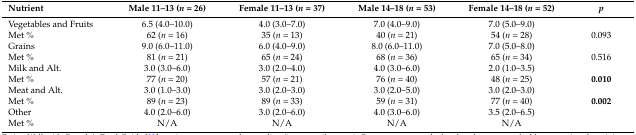
<table><thead><tr><td><b>Nutrient</b></td><td><b>Male 11–13 (<i>n</i> = 26)</b></td><td><b>Female 11–13 (<i>n</i> = 37)</b></td><td><b>Male 14–18 (<i>n</i> = 53) </b></td><td><b>Female 14–18 (<i>n</i> = 52)</b></td><td><b><i>p</i></b></td></tr></thead><tbody><tr><td>Vegetables and Fruits</td><td>6.5 (4.0–10.0)</td><td>4.0 (3.0–7.0) </td><td>7.0 (4.0–9.0) </td><td>7.0 (5.0–9.0) </td><td>[EMPTY_CELL]</td></tr><tr><td> Met % </td><td>62 (<i>n</i> = 16)</td><td>35 (<i>n</i> = 13)</td><td>40 (<i>n</i> = 21)</td><td>54 (<i>n</i> = 28)</td><td>0.093</td></tr><tr><td>Grains</td><td>9.0 (6.0–11.0)</td><td>6.0 (4.0–9.0) </td><td>8.0 (6.0–11.0) </td><td>7.0 (5.0–8.0) </td><td>[EMPTY_CELL]</td></tr><tr><td> Met % </td><td>81 (<i>n</i> = 21)</td><td>65 (<i>n</i> = 24)</td><td>68 (<i>n</i> = 36)</td><td>65 (<i>n</i> = 34)</td><td>0.516</td></tr><tr><td>Milk and Alt.</td><td>3.0 (3.0–6.0)</td><td>3.0 (2.0–4.0) </td><td>4.0 (3.0–6.0) </td><td>2.0 (1.0–3.5) </td><td>[EMPTY_CELL]</td></tr><tr><td> Met % </td><td>77 (<i>n</i> = 20)</td><td>57 (<i>n</i> = 21)</td><td>76 (<i>n</i> = 40)</td><td>48 (<i>n</i> = 25)</td><td><b>0.010</b></td></tr><tr><td>Meat and Alt.</td><td>3.0 (1.0–3.0)</td><td>3.0 (2.0–3.0)</td><td>3.0 (2.0–5.0)</td><td>3.0 (2.0–3.0)</td><td>[EMPTY_CELL]</td></tr><tr><td> Met % </td><td>89 (<i>n</i> = 23)</td><td>89 (<i>n</i> = 33)</td><td>59 (<i>n</i> = 31)</td><td>77 (<i>n</i> = 40)</td><td><b>0.002</b></td></tr><tr><td>Other</td><td>4.0 (2.0–6.0)</td><td>3.0 (2.0–6.0)</td><td>4.0 (3.0–6.0)</td><td>3.5 (2.0–6.5)</td><td>[EMPTY_CELL]</td></tr><tr><td> Met % </td><td>N/A</td><td>N/A</td><td>N/A</td><td>N/A</td><td>[EMPTY_CELL]</td></tr></tbody></table>